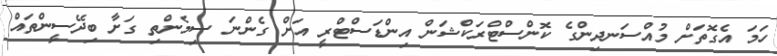
ހަމަ އެގޮތަށް މުއްސަނދިންގެ ކޮންސްޓްރަކްޝަން އިންޑަސްޓްރީ އަށް ގެންނަ ސިމެންތި ގަށާ ބިދޭސީންތައް